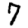
Digit: 7